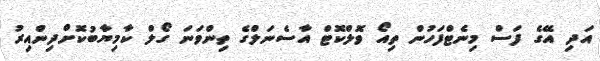
އަދި އޭގެ ފަސް މިނެޓްފަހުން ތިއޯ ވޮލްކޮޓް އާސެނަލްގެ ތިންވަނަ ގޯލް ކާމިޔާބުކޮށްދިންއިރު